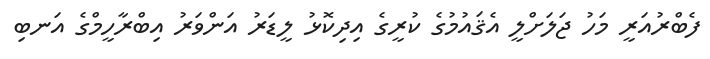
ފެބްރުއަރީ މަހު ޖަލަށްލީ އެޤައުމުގެ ކުރީގެ އިދިކޮޅު ލީޑަރު އަންވަރު އިބްރާހީމްގެ އަނބި